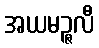
အယမဉ္ဇလီ